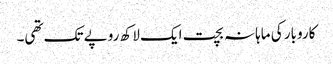
کاروبار کی ماہانہ بچت ایک لاکھ روپے تک تھی۔